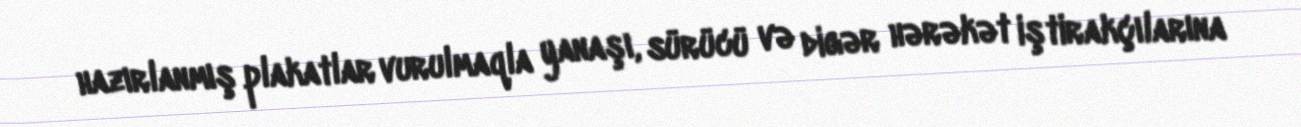
hazırlanmış plakatlar vurulmaqla yanaşı, sürücü və digər hərəkət iştirakçılarına